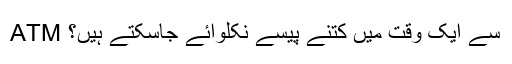
ATM سے ایک وقت میں کتنے پیسے نکلوائے جاسکتے ہیں؟